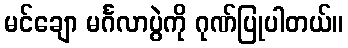
မင်ချော မင်္ဂလာပွဲကို ဂုဏ်ပြုပါတယ်။